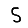
Digit: 5